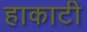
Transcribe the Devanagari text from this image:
हाकाटी